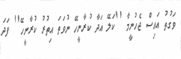
ވަގުތު އައިސް ޖެހުނީމާ ''ކަލޭ އަދާ ކުރާނީހޭ ނުވަތަ އިތުރު ކުރާނީހޭ'' ފަދަ